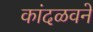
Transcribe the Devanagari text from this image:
कांदळवने